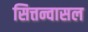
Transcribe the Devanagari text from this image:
सित्तन्वासल